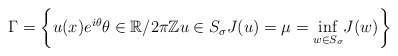
\begin{align*}\Gamma =\left \{ u(x)e^{i\theta }\theta \in \mathbb{R}/2\pi \mathbb{Z}u\in S_{\sigma }J(u)=\mu =\underset{w\in S_{\sigma }}{\inf }J(w)\right \}\end{align*}